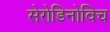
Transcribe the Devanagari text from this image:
सेरोडिनोविच